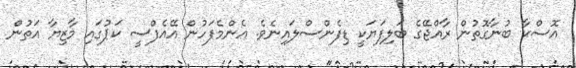
އޮސްކާ ބުނާގޮތުން ރާއްޖޭގެ ބަލިފަޔަކީ ޑިފެންސްލައިނެވެ. އެންމެފަހުން އޭއެފްސީ ކަޕުގައި މާޒިޔާ އަތުން